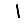
Digit: 1